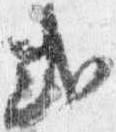
式